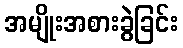
အမျိုးအစားခွဲခြင်း